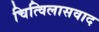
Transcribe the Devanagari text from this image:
चित्विलासवाद